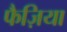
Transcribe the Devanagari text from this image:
फैज़िया